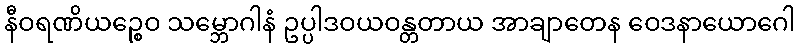
နီဝရဏိယဉ္စေဝ သမ္ဘောဂါနံ ဥပ္ပါဒဝယဝန္တတာယ အာချာတေန ဝေဒနာယောဂေါ